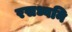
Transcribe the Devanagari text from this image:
रसध्वनि